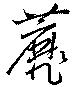
蘼